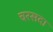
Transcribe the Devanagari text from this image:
चरसदा